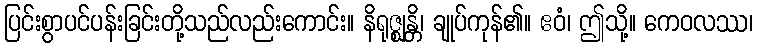
ပြင်းစွာပင်ပန်းခြင်းတို့သည်လည်းကောင်း။ နိရုဇ္ဈန္တိ၊ ချုပ်ကုန်၏။ ဧဝံ၊ ဤသို့။ ကေဝလဿ၊